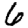
Digit: 6